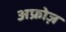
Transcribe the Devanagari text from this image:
अफ्रोज़